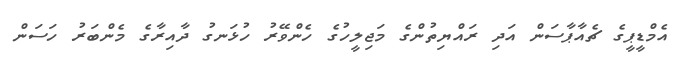
އެމްޑީޕީގެ ޗެއާޕާސަން އަދި ރައްޔިތުންގެ މަޖިލީހުގެ ހެންވޭރު ހުޅަނގު ދާއިރާގެ މެންބަރު ހަސަން